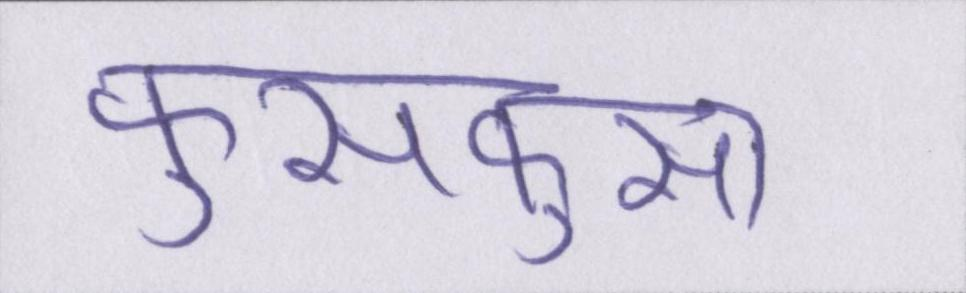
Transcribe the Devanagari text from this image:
फुसफुसा